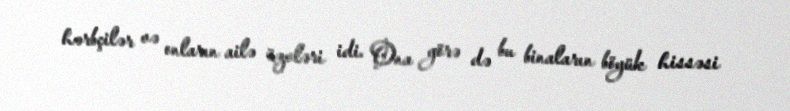
hərbçilər və onların ailə üzvləri idi. Ona görə də bu binaların böyük hissəsi